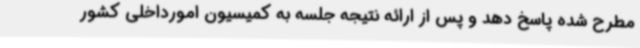
مطرح شده پاسخ دهد و پس از ارائه نتیجه جلسه به کمیسیون امورداخلی کشور